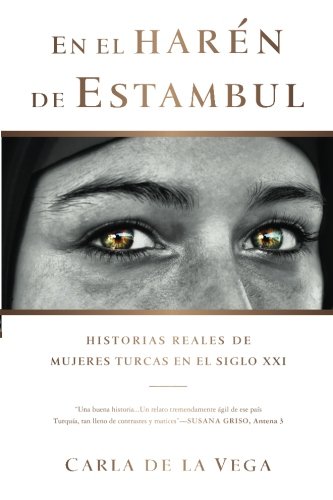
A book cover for En el HarÃ©n de Estambul: Historias Reales de Mujeres Turcas en el SXXI (Spanish Edition); Carla De la Vega; Travel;